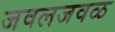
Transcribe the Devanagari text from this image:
जवलजवळ